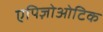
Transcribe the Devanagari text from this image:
एपिज़ोओटिक